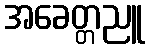
အခေတ္တညူ